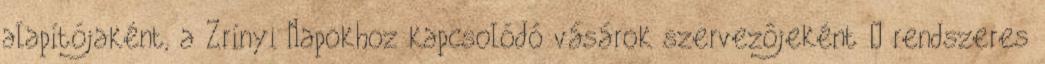
alapítójaként, a Zrínyi Napokhoz kapcsolódó vásárok szervezôjeként – rendszeres